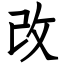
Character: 改